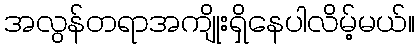
အလွန်တရာအကျိုးရှိနေပါလိမ့်မယ်။